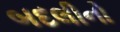
બદલીનો